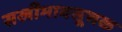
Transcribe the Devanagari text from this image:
सखीभावसूचक